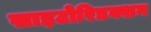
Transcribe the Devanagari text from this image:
साइटोरिडक्शन